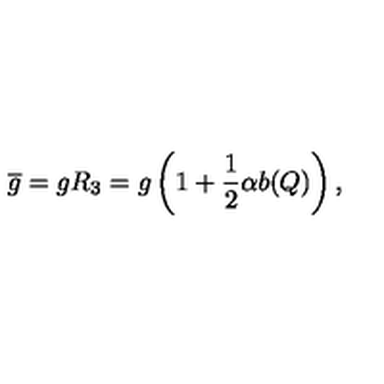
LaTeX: \overline { g } = g R _ { 3 } = g \left( 1 + { \frac { 1 } { 2 } } \alpha b ( Q ) \right) ,